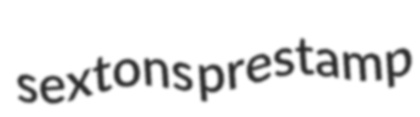
sextons prestamp